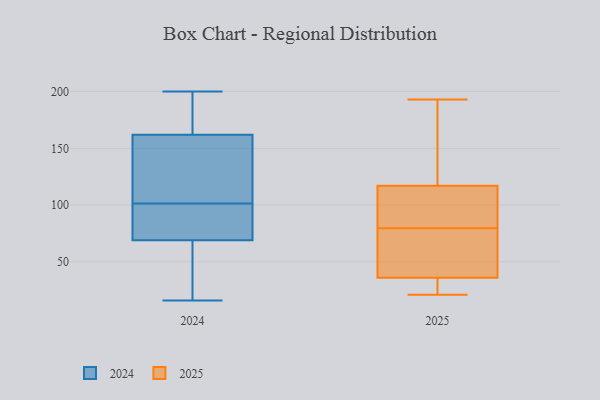
{"axis": {"x": "Energy Usage (MWh)", "y": "Value"}, "legend": ["2024", "2025"], "data": [{"x": "", "y": 91, "type": "2025"}, {"x": "", "y": 50, "type": "2025"}, {"x": "", "y": 36, "type": "2025"}, {"x": "", "y": 117, "type": "2025"}, {"x": "", "y": 106, "type": "2025"}, {"x": "", "y": 193, "type": "2025"}, {"x": "", "y": 150, "type": "2025"}, {"x": "", "y": 68, "type": "2025"}, {"x": "", "y": 22, "type": "2025"}, {"x": "", "y": 21, "type": "2025"}, {"x": "", "y": 47, "type": "2024"}, {"x": "", "y": 193, "type": "2024"}, {"x": "", "y": 178, "type": "2024"}, {"x": "", "y": 16, "type": "2024"}, {"x": "", "y": 80, "type": "2024"}, {"x": "", "y": 162, "type": "2024"}, {"x": "", "y": 196, "type": "2024"}, {"x": "", "y": 43, "type": "2024"}, {"x": "", "y": 131, "type": "2024"}, {"x": "", "y": 70, "type": "2024"}, {"x": "", "y": 114, "type": "2024"}, {"x": "", "y": 89, "type": "2024"}, {"x": "", "y": 77, "type": "2024"}, {"x": "", "y": 42, "type": "2024"}, {"x": "", "y": 118, "type": "2024"}, {"x": "", "y": 69, "type": "2024"}, {"x": "", "y": 200, "type": "2024"}, {"x": "", "y": 152, "type": "2024"}]}